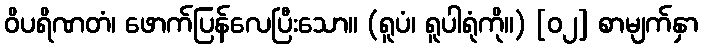
ဝိပရိဏတံ၊ ဖောက်ပြန်လေပြီးသော။ (ရူပံ၊ ရူပါရုံကို။) [၀၂] စာမျက်နှာ